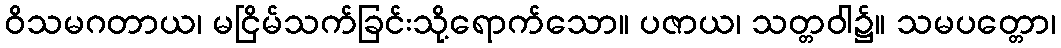
ဝိသမဂတာယ၊ မငြိမ်သက်ခြင်းသို့ရောက်သော။ ပဇာယ၊ သတ္တဝါ၌။ သမပတ္တော၊